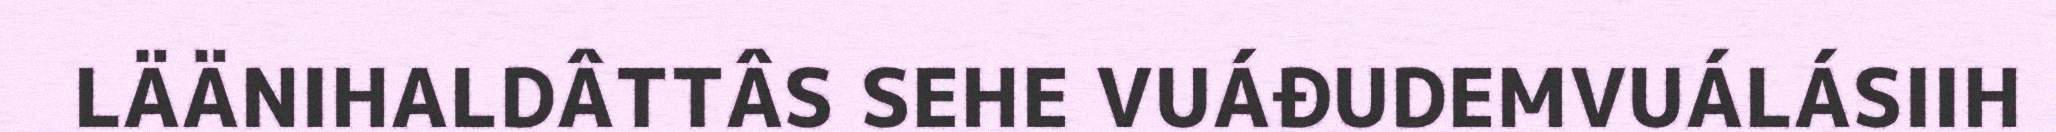
LÄÄNIHALDÂTTÂS SEHE VUÁĐUDEMVUÁLÁSIIH